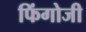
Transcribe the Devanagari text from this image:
फिंगोजी